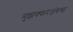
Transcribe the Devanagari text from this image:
मुझफ्फरजंगचा